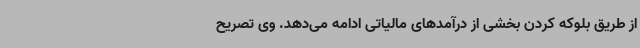
از طریق بلوکه کردن بخشی از درآمدهای مالیاتی ادامه می‌دهد. وی تصریح